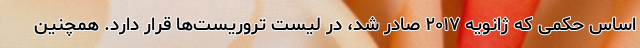
اساس حکمی که ژانویه ۲۰۱۷ صادر شد، در لیست تروریست‌ها قرار دارد. همچنین